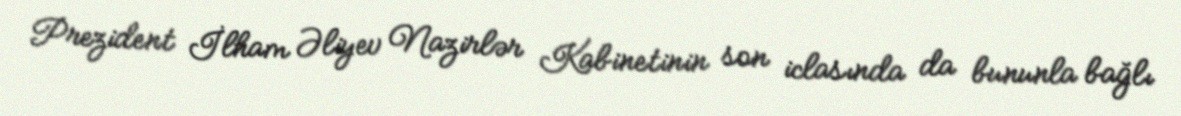
Prezident İlham Əliyev Nazirlər Kabinetinin son iclasında da bununla bağlı